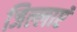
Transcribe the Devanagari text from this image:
जिल्लाएं